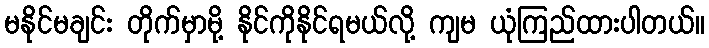
မနိုင်မချင်း တိုက်မှာမို့ နိုင်ကိုနိုင်ရမယ်လို့ ကျမ ယုံကြည်ထားပါတယ်။